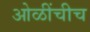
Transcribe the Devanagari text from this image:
ओळींचीच